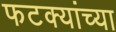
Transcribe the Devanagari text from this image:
फटक्यांच्या